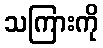
သကြားကို